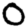
Digit: 0